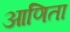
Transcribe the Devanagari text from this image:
आणिता